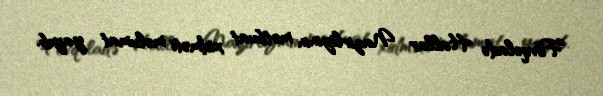
Fövqəladə Hallar Nazirliyinin mətbuat xidməti məlumat yayıb.